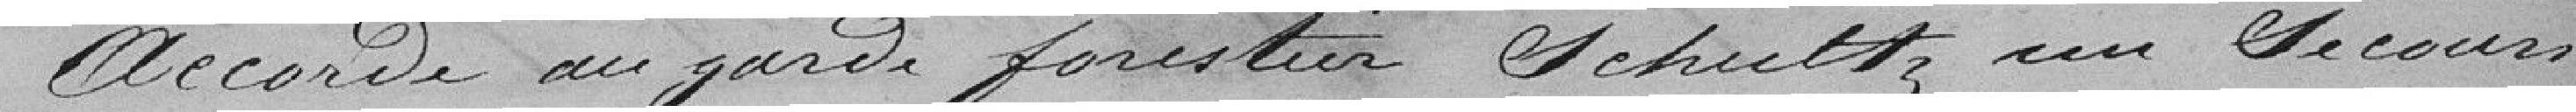
Accorde au garde forestier Schultz un secours